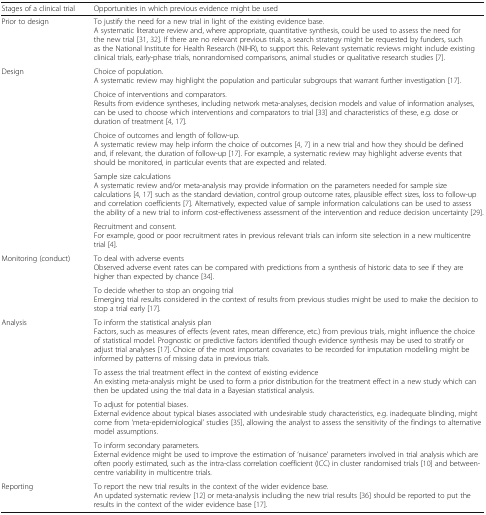
| Stages of a clinical trial | Opportunities in which previous evidence might be used |
 | --- | --- |
 | Prior to design | To justify the need for a new trial in light of the existing evidence base.A systematic literature review and, where appropriate, quantitative synthesis, could be used to assess the need for the new trial [31, 32]. If there are no relevant previous trials, a search strategy might be requested by funders, such as the ﻿National Institute for Health Research (NIHR), to support this. Relevant systematic reviews might include existing clinical trials, early-phase trials, nonrandomised comparisons, animal studies or qualitative research studies [7]. |
 | <ROWSPAN=5> Design | Choice of population.A systematic review may highlight the population and particular subgroups that warrant further investigation [17]. |
 | Choice of interventions and comparators.Results from evidence syntheses, including network meta-analyses, decision models and value of information analyses, can be used to choose which interventions and comparators to trial [33] and characteristics of these, e.g. dose or duration of treatment [4, 17]. |
 | Choice of outcomes and length of follow-up.A systematic review may help inform the choice of outcomes [4, 7] in a new trial and how they should be defined and, if relevant, the duration of follow-up [17]. For example, a systematic review may highlight adverse events that should be monitored, in particular events that are expected and related. |
 | Sample size calculationsA systematic review and/or meta-analysis may provide information on the parameters needed for sample size calculations [4, 17] such as the standard deviation, control group outcome rates, plausible effect sizes, loss to follow-up and correlation coefficients [7]. Alternatively, expected value of sample information calculations can be used to assess the ability of a new trial to inform cost-effectiveness assessment of the intervention and reduce decision uncertainty [29]. |
 | Recruitment and consent.For example, good or poor recruitment rates in previous relevant trials can inform site selection in a new multicentre trial [4]. |
 | <ROWSPAN=2> Monitoring (conduct) | To deal with adverse eventsObserved adverse event rates can be compared with predictions from a synthesis of historic data to see if they are higher than expected by chance [34]. |
 | To decide whether to stop an ongoing trialEmerging trial results considered in the context of results from previous studies might be used to make the decision to stop a trial early [17]. |
 | <ROWSPAN=4> Analysis | To inform the statistical analysis planFactors, such as measures of effects (event rates, mean difference, etc.) from previous trials, might influence the choice of statistical model. Prognostic or predictive factors identified though evidence synthesis may be used to stratify or adjust trial analyses [17]. Choice of the most important covariates to be recorded for imputation modelling might be informed by patterns of missing data in previous trials. |
 | To assess the trial treatment effect in the context of existing evidenceAn existing meta-analysis might be used to form a prior distribution for the treatment effect in a new study which can then be updated using the trial data in a Bayesian statistical analysis. |
 | To adjust for potential biases.External evidence about typical biases associated with undesirable study characteristics, e.g. inadequate blinding, might come from ‘meta-epidemiological’ studies [35], allowing the analyst to assess the sensitivity of the findings to alternative model assumptions. |
 | To inform secondary parameters.External evidence might be used to improve the estimation of ‘nuisance’ parameters involved in trial analysis which are often poorly estimated, such as the intra-class correlation coefficient (ICC) in cluster randomised trials [10] and between-centre variability in multicentre trials. |
 | Reporting | To report the new trial results in the context of the wider evidence base.An updated systematic review [12] or meta-analysis including the new trial results [36] should be reported to put the results in the context of the wider evidence base [17]. |